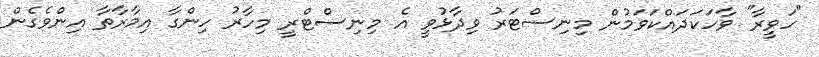
"ހަވީރާ" ވާހަކަދައްކަވަމުން މިނިސްޓަރު ވިދާޅުވީ އެ މިނިސްޓްރީ މިހާރު ހިންގާ އިމާރާތާ އިންވެގެން